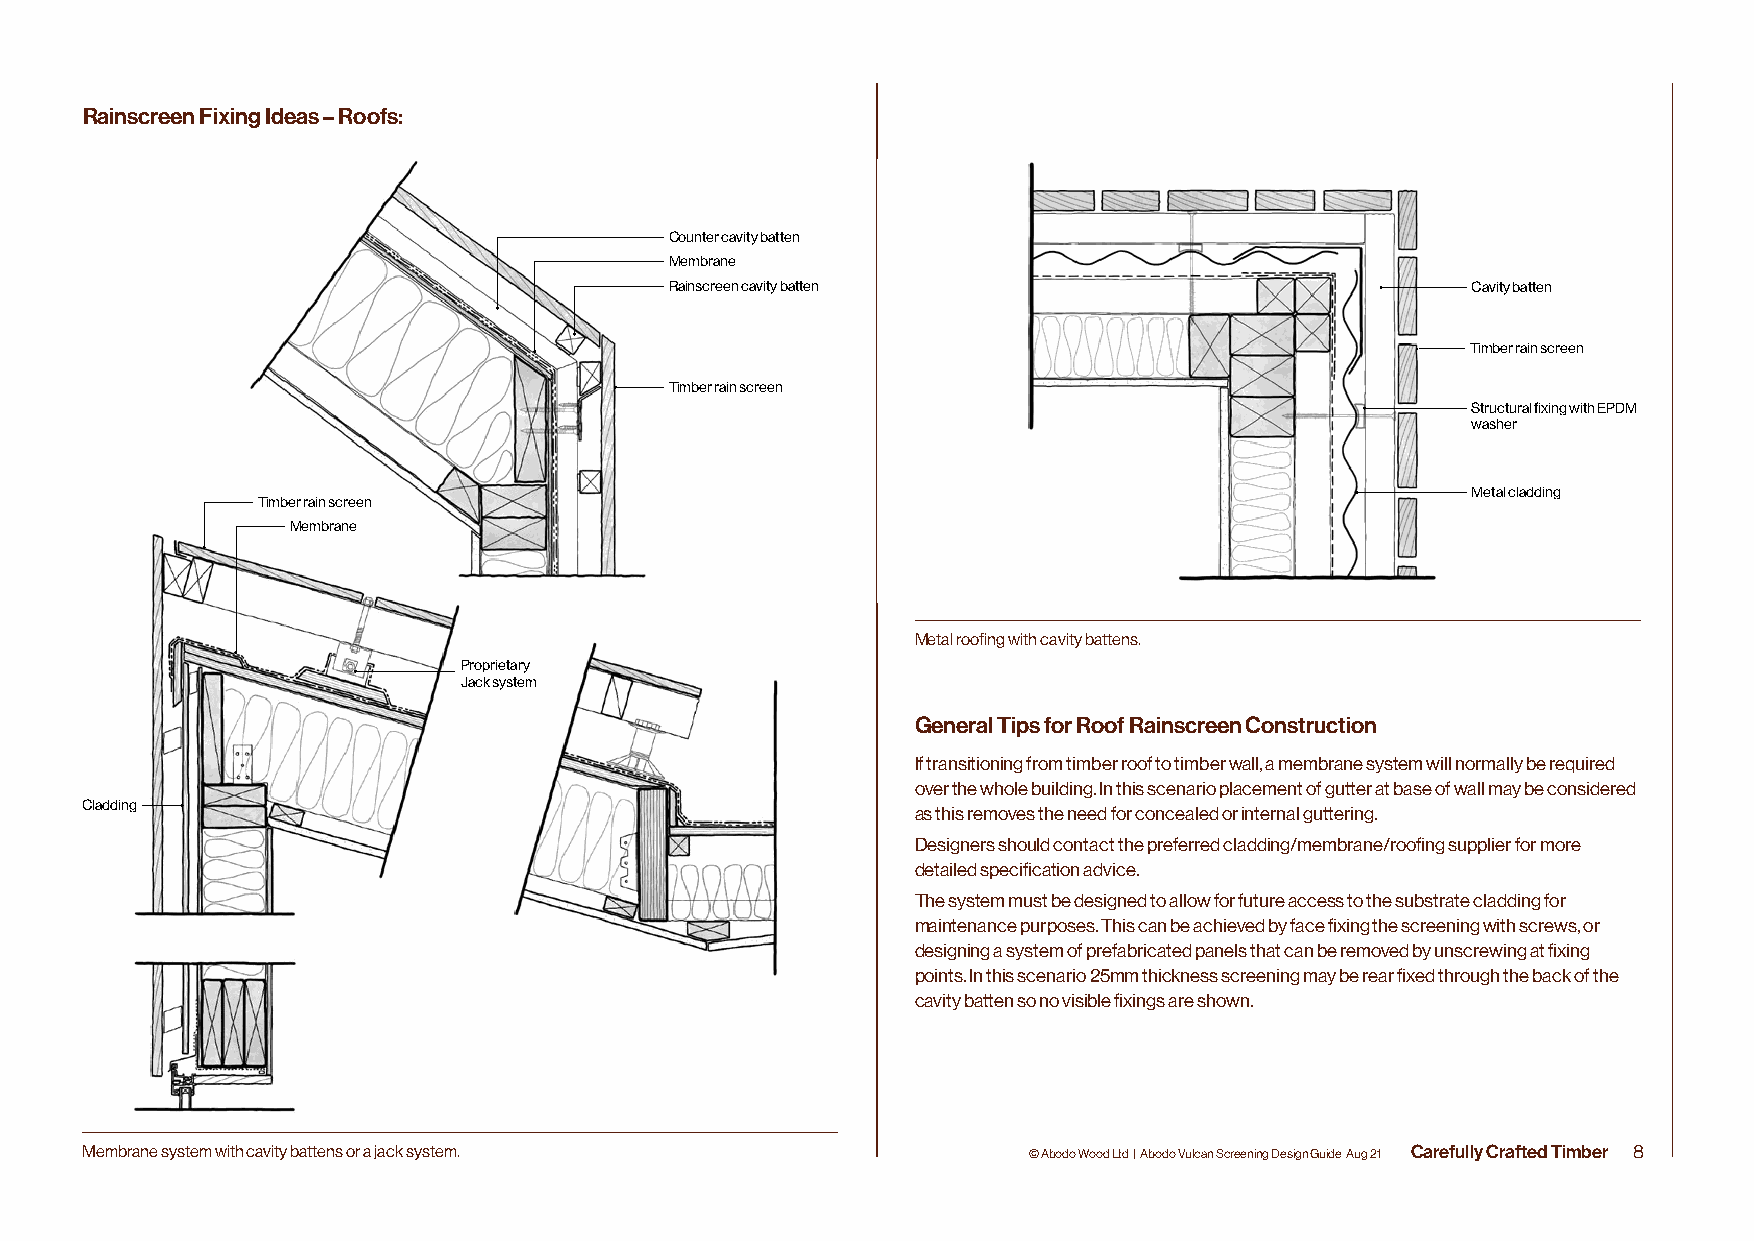
Rainscreen Fixing Ideas – Roofs:
 Counter cavity batten
 Membrane
 Rainscreen cavity batten                             Cavity batten
 Timber rain screen
 Timber rain screen
 Structural fixing with EPDM
 washer
 Metal cladding
 Timber rain screen
 Membrane
 Metal roofing with cavity battens.
 Proprietary
 Jack system
 General Tips for Roof Rainscreen Construction
 If transitioning from timber roof to timber wall, a membrane system will normally be required
 over the whole building. In this scenario placement of gutter at base of wall may be considered
 Cladding
 as this removes the need for concealed or internal guttering.
 Designers should contact the preferred cladding/membrane/roofing supplier for more
 detailed specification advice.
 The system must be designed to allow for future access to the substrate cladding for
 maintenance purposes. This can be achieved by face fixing the screening with screws, or
 designing a system of prefabricated panels that can be removed by unscrewing at fixing
 points. In this scenario 25mm thickness screening may be rear fixed through the back of the
 cavity batten so no visible fixings are shown.
 Membrane system with cavity battens or a jack system.          © Abodo Wood Ltd | Abodo Vulcan Screening Design Guide Aug 21 Carefully Crafted Timber 8